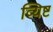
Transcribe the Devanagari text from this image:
व्यिष्ट